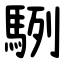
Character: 䮋